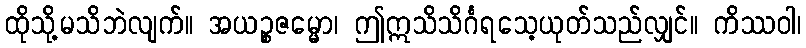
ထိုသို့မသိဘဲလျက်။ အယဉ္စဇမ္မော၊ ဤဣသိသိင်္ဂရသေ့ယုတ်သည်လျှင်။ ကိဿဝါ၊